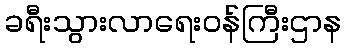
ခရီးသွားလာရေးဝန်ကြီးဌာန